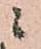
ニ